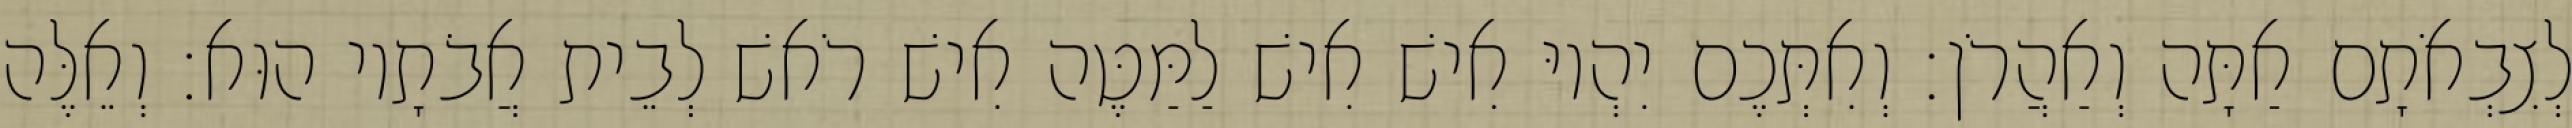
לְצִבְאֹתָם אַתָּה וְאַהֲרֹן׃ וְאִתְּכֶם יִהְיוּ אִישׁ אִישׁ לַמַּטֶּה אִישׁ רֹאשׁ לְבֵית אֲבֹתָיו הוּא׃ וְאֵלֶּה